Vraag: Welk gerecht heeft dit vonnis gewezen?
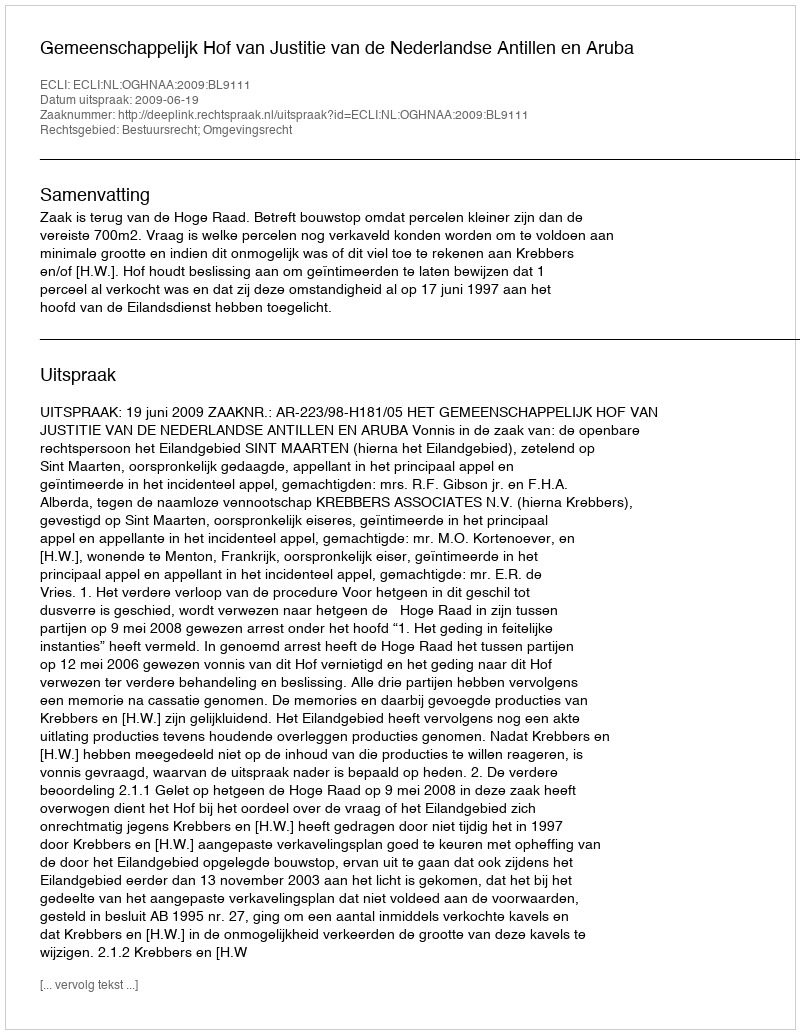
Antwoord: Gemeenschappelijk Hof van Justitie van de Nederlandse Antillen en Aruba